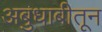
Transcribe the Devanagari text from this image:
अबुधाबीतून